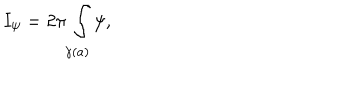
LaTeX: I _ { \psi } = 2 \pi \int _ { \gamma ( a ) } \psi ,